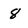
Character: 8